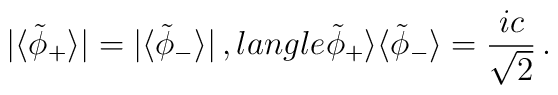
|\langle\tilde{\phi}_+\rangle|=|\langle\tilde{\phi}_-\rangle|\, , \\langle\tilde{\phi}_+\rangle \langle\tilde{\phi}_-\rangle ={ic\over\sqrt2}\, .